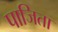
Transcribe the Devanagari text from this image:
पाजिता